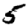
Digit: 5